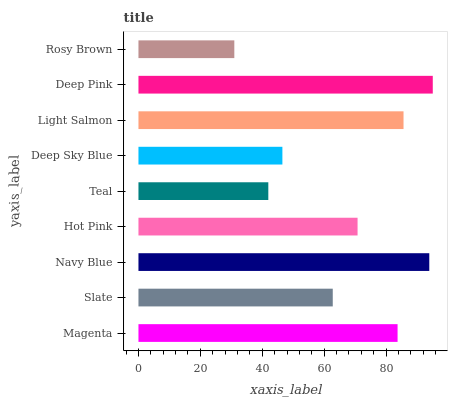
| yaxis_label | bars |
 | --- | --- |
 | Magenta | 83.7 |
 | Slate | 62.8 |
 | Navy Blue | 94 |
 | Hot Pink | 70.8 |
 | Teal | 42 |
 | Deep Sky Blue | 46.5 |
 | Light Salmon | 85.6 |
 | Deep Pink | 95.1 |
 | Rosy Brown | 31 |